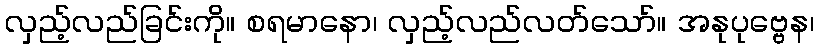
လှည့်လည်ခြင်းကို။ စရမာနော၊ လှည့်လည်လတ်သော်။ အနုပုဗ္ဗေန၊